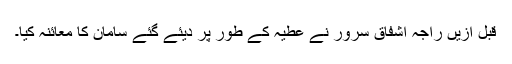
قبل ازیں راجہ اشفاق سرور نے عطیہ کے طور پر دیئے گئے سامان کا معائنہ کیا۔